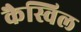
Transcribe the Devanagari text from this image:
कैस्विल